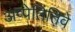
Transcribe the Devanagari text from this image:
अप्पेतितिवे